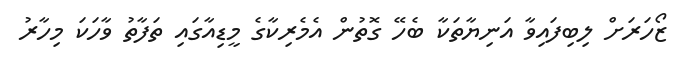
ޒޯހަރަށް ލިބިފައިވާ އަނިޔާތަކާ ބެހޭ ގޮތުން އެމެރިކާގެ މީޑިއާގައި ތަފާތު ވާހަކަ މިހާރު